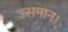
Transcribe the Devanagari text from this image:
उसमान।